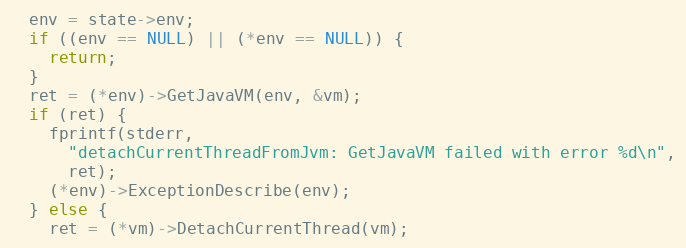
Language: C
  env = state->env;
  if ((env == NULL) || (*env == NULL)) {
    return;
  }
  ret = (*env)->GetJavaVM(env, &vm);
  if (ret) {
    fprintf(stderr,
      "detachCurrentThreadFromJvm: GetJavaVM failed with error %d\n",
      ret);
    (*env)->ExceptionDescribe(env);
  } else {
    ret = (*vm)->DetachCurrentThread(vm);